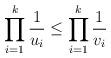
LaTeX: \begin{align*} \prod_{i=1}^k \frac{1}{u_i} \leq \prod_{i=1}^k \frac{1}{v_i}\end{align*}